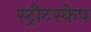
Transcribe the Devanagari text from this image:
स्ट्रीटस्केप